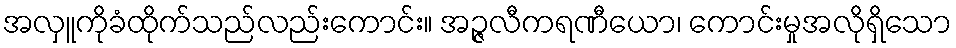
အလှူကိုခံထိုက်သည်လည်းကောင်း။ အဉ္ဇလီကရဏီယော၊ ကောင်းမှုအလိုရှိသော